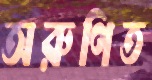
অরুণিত